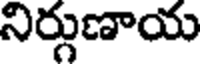
నిర్గుణాయ